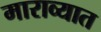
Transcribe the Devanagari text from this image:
माराव्यात